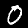
Digit: 0